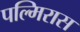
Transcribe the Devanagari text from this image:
पल्मिरास